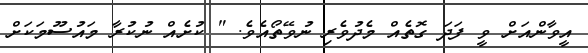
އީވާންއަށް ވީ ފަދަ ގޮތެއް މެދުވެރި ނުވޭތޯއެވެ. " ކުށެއް ނުކުރާ މައުސޫމަކަށް